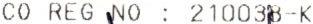
CO REG NO : 210038-K